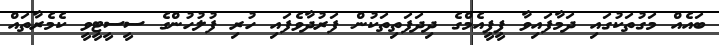
ބައެއް މަގުތަކުގައި ދަމާފައިވާ ޕީޕީއެމްގެ ދިދަފަތިތަކުން ފަރުދާވެފައި ހުރި ފުލުހުންގެ ސީސީޓީވީ ކެމެރާތައް